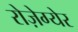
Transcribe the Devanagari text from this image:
रोज़ेग्येर